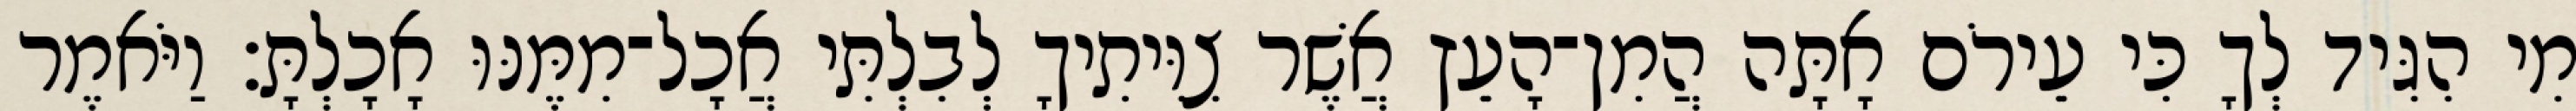
מִי הִגִּיד לְךָ כִּי עֵירֹם אָתָּה הֲמִן־הָעֵץ אֲשֶׁר צִוִּיתִיךָ לְבִלְתִּי אֲכָל־מִמֶּנּוּ אָכָלְתָּ׃ וַיֹּאמֶר